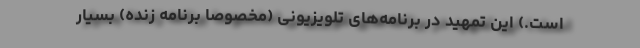
است.) این تمهید در برنامه‌های تلویزیونی (مخصوصا برنامه زنده) بسیار